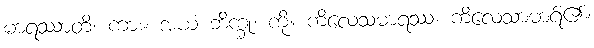
မာရဿာတိ၊ ကား။ အယံ ဘိက္ခု၊ ကို။ ကိလေသမာရဿ၊ ကိလေသာမာရ်၏။